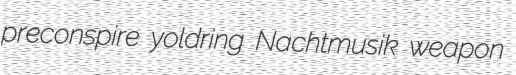
preconspire yoldring Nachtmusik weapon